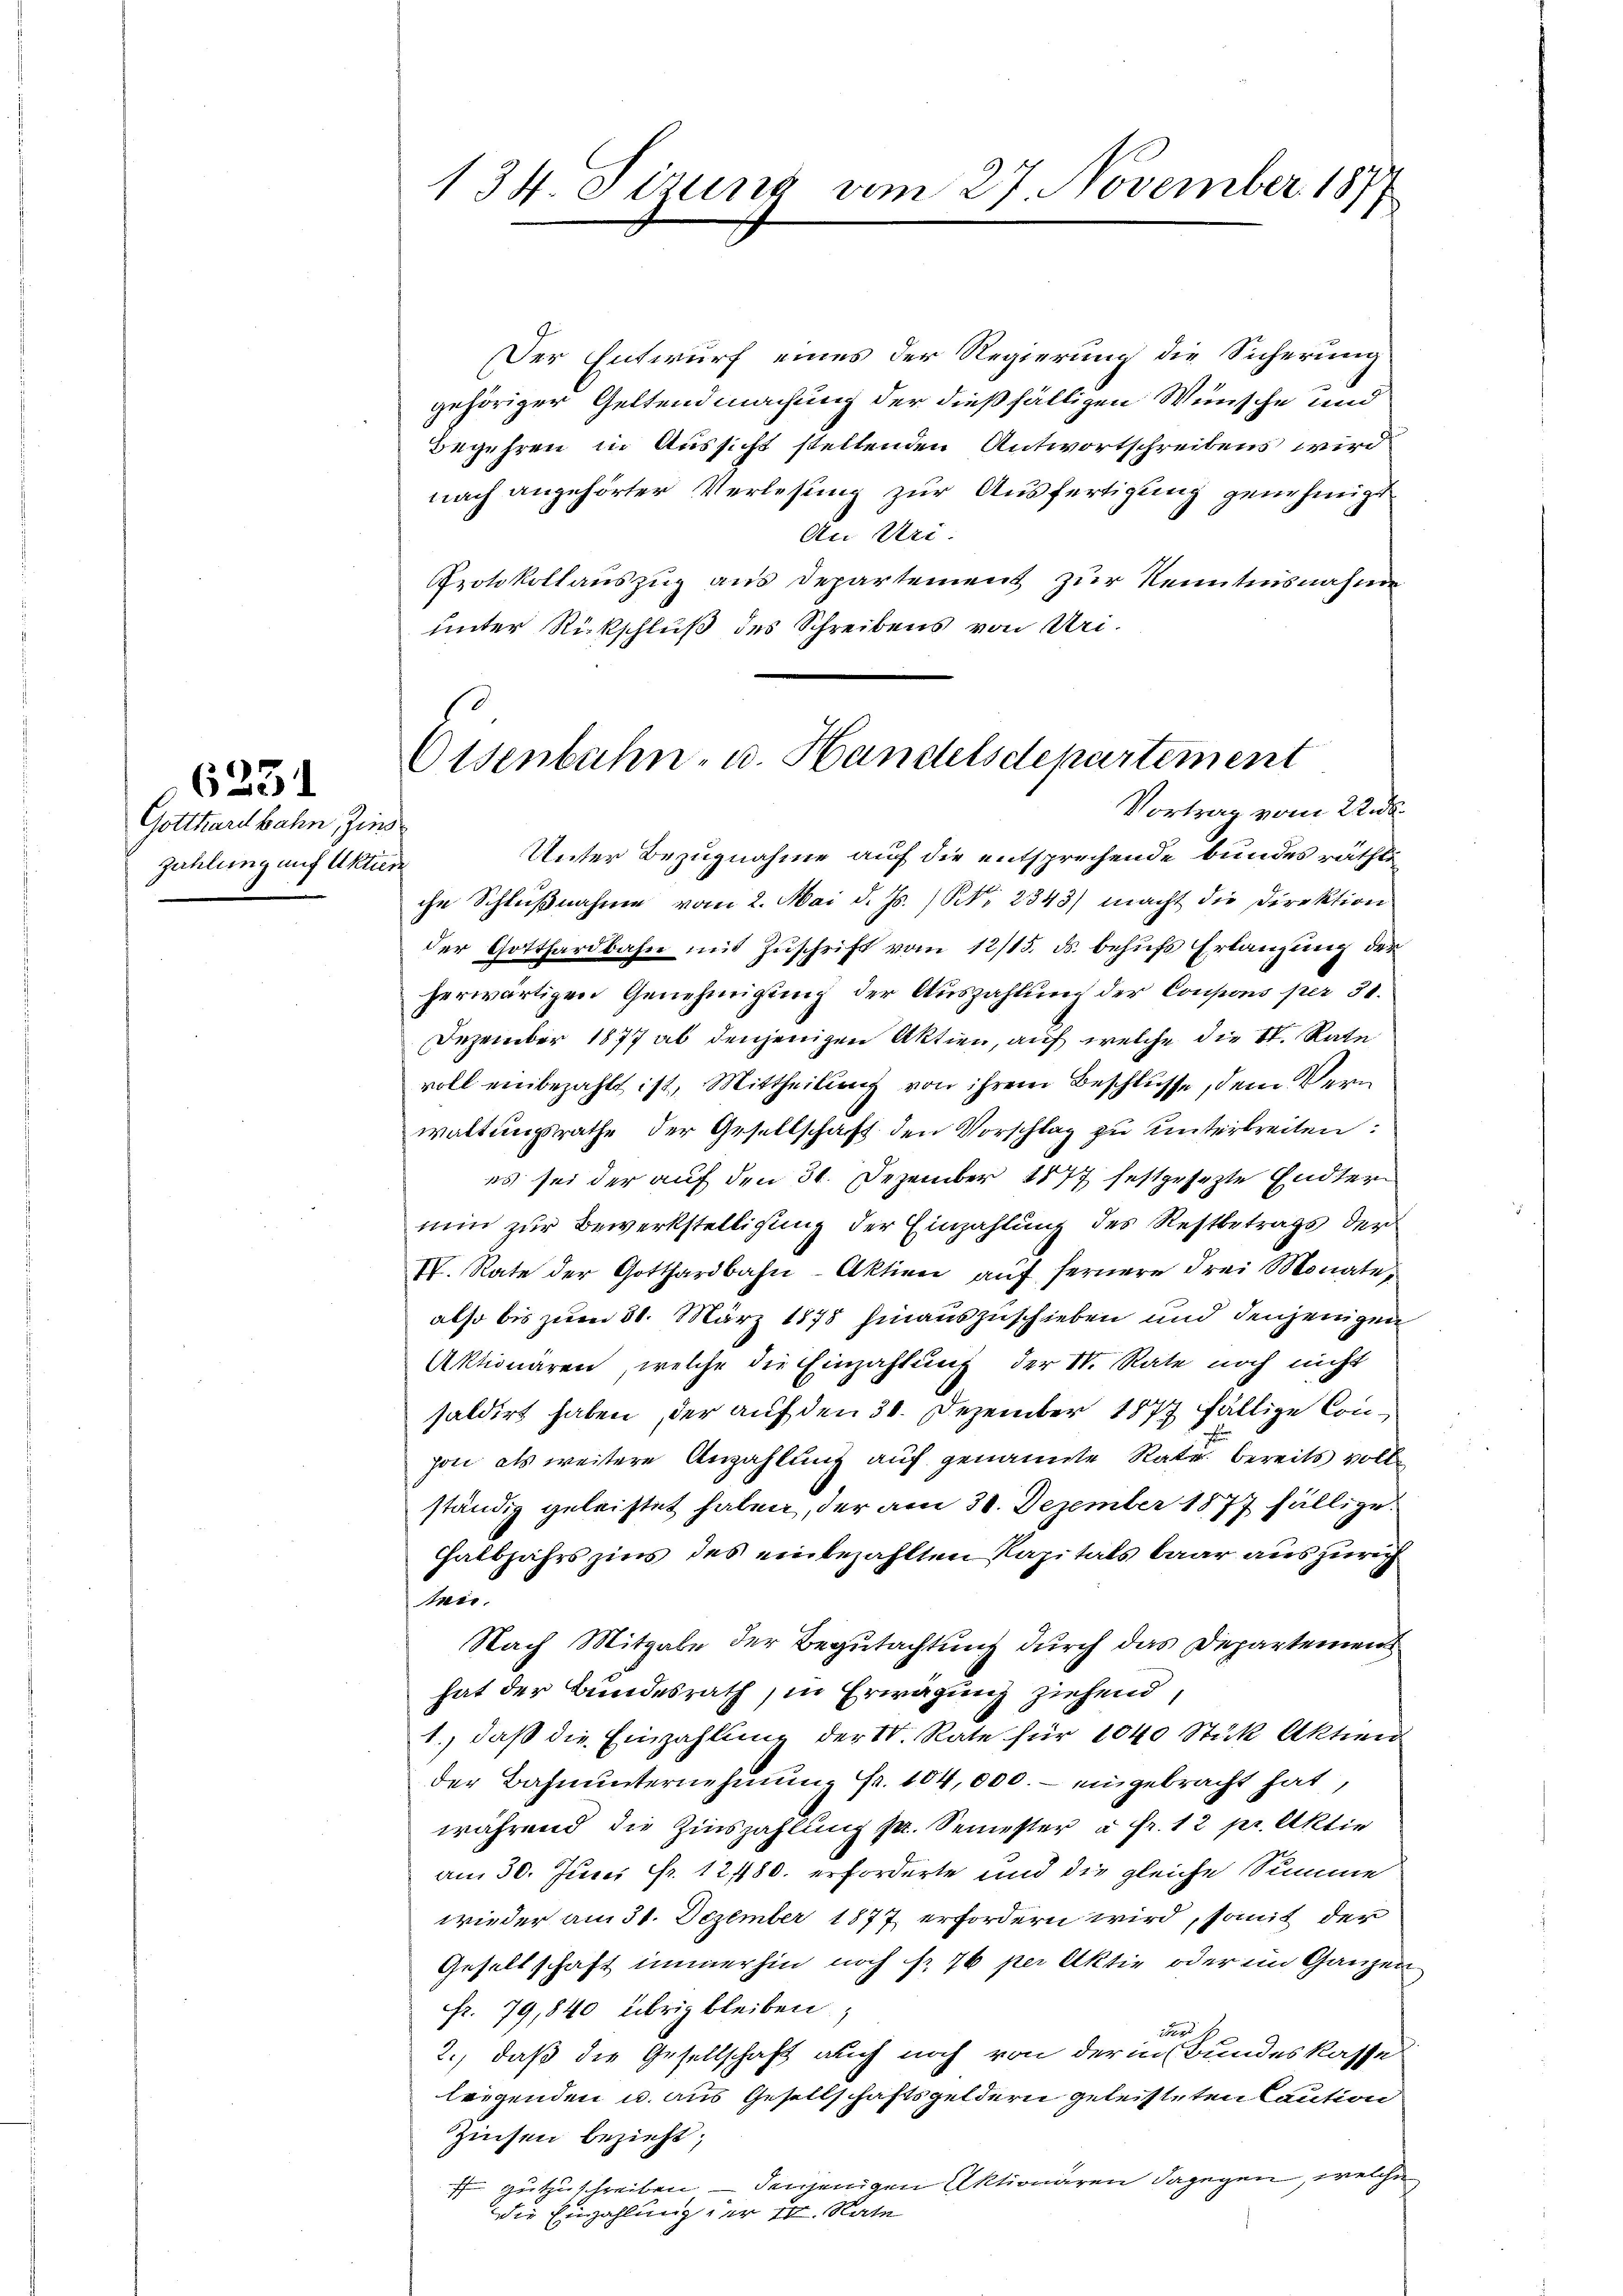
Gotthardbahn Zins
zahlung auf Aktien

6231

134. Sitzung vom 27. November 1877

Der Entwurf eines der Regierung die Sicherung
gehöriger Geltendmachung der dießfälligen Wünsche und
Begehren in Aussicht stellenden Antwortschreibens wird
nach angehörter Verlesung zur Ausfertigung genehmigt
An Uri.
Protokollauszug aus Departement zur Kenntnisnahme
unter Rückschluß des Schreibens von Uri¬

Osenbahn- u. Handelsdepartement
Vortrag vom 22. ds.

Unter Bezugnahme auf die entsprechende bundes räthliche Schlußnahme vom 2. Mai d. Js. N. 2843) macht die Direktion
der Gotthardbahn mit Zŭschrift vom 12/15. ds. behufs Erlangung der
herwärtigen Genehmigung der Auszahlung der Coupons per 31.
Dezember 1877 ab denjenigen Aktien, auf welche die II. Rate
voll einbezahlt ist, Mittheilung von ihrem Beschlüsse, dem Vern
waltungsrathe der Gesellschaft den Vorschlag zu unterbreiten:
es sei der auf den 31. Dezember 1877 festgesezte Endten
nun zur Bewerkstelligung der Einzahlung des Restbetrags der
IV. Rate der Gotthardbahn-Aktien auf fernere drei Monate,
also bis zum 31. März 1878 hinauszuschieben und denjenigen
Aktionaren, welche die Einzahlung der N. Rate noch nicht
saldirt haben, der auf den 31. Dezember 1877 fällige Conpon als weitere Anzahlung auf genannte Rate bereits volle
ständig geleistet haben, der am 30. Dezember 1877 fällige
Halbjahrszins des einbezahlten Kapitals baar auszurich
den
Nach Mitgabe der Begutachtung durch das Departemen
hat der Bundesrath, in Erwägung ziehend,
1., daß die Einzahlung der N. Rate für 1040 Stück Aktien
der Bahnunternehmung Fr. 104,000.- eingebracht hat,
während die Zinszahlung sr. Semester à Fr. 12 pr. Aktie
am 30. Juni fr. 12480. erforderte und die gleiche Summe
wieder am 31. Dezember 1877 erfordern wird, somit der
Gesellschaft immerhin noch f. 76 per Aktie oder im Ganzen
Fr. 79, 840 übrig bleiben,
des 1
2., daß die Gesellschaft auch noch von der in Bundeskasse
leigenden u. aus Gesellschaftsgeldern geleisteten Caution
Zinsen bezieht,
 gutzuschreiben — denjenigen Aktionären dagegen, welche
Die Einzahlung der 10. Rate